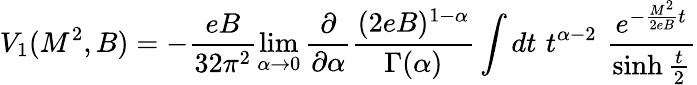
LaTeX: V_{1}(M^{2},B)=-\frac{eB}{32\pi^{2}}\operatorname*{lim}_{\alpha\rightarrow 0}\frac{\partial}{\partial\alpha}\frac{(2eB)^{1-\alpha}}{\Gamma(\alpha)}\int dt\, \, t^{\alpha-2}\, \, \frac{{e}^{-\frac{M^{2}}{2eB}t}}{\sinh\frac{t}{2}}